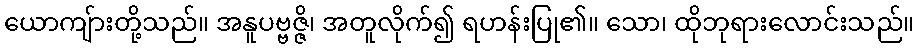
ယောကျ်ားတို့သည်။ အနူပဗ္ဗဇ္ဇိ၊ အတူလိုက်၍ ရဟန်းပြု၏။ သော၊ ထိုဘုရားလောင်းသည်။